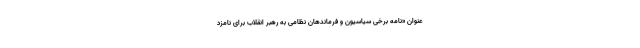
عنوان «نامه برخی سیاسیون و فرماندهان نظامی به رهبر انقلاب برای نامزد